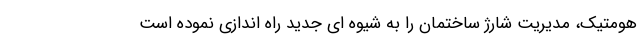
هومتیک، مدیریت شارژ ساختمان را به شیوه ای جدید راه اندازی نموده است